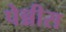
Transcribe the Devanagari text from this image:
पेन्नीस